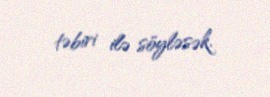
təbiri ilə söyləsək.